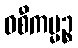
ဝစီကမ္မဉ္စ